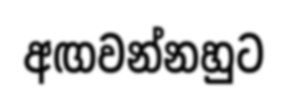
අඟවන්නහුට